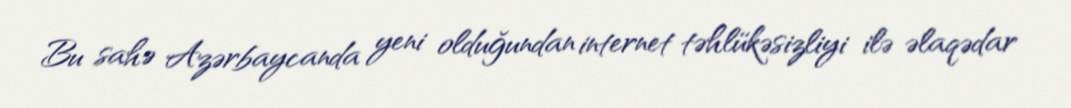
Bu sahə Azərbaycanda yeni olduğundan internet təhlükəsizliyi ilə əlaqədar